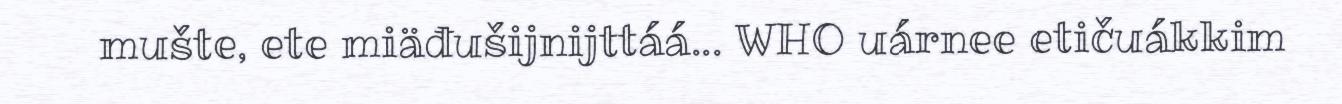
mušte, ete miäđušijnijttáá... WHO uárnee etičuákkim